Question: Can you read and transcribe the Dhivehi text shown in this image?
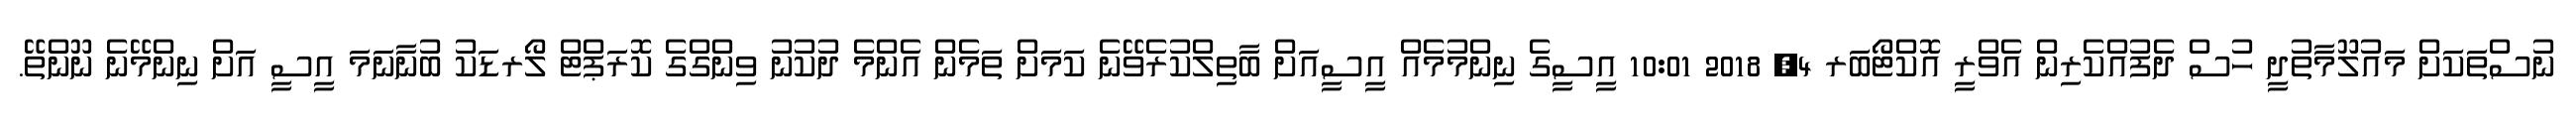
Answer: ނުސްތަކަށް މައުލޫމާތުދީ ހުސް ދެފުއްކެރިން އެވްރީ އޮކްޓޯބަރ 4, 2018 10:01 އީސީގެ ނިންމުމެއް އީސީއަށް ބާތިލްކުރެވޭނެ ކަމަށް ތަމެން އެންމެ ދުކުނު ވިންގްގެ ކޮރަޕްޓް ލޯރޑަކު ބުނާނަމަ އީސީ އަށް ނިންމޭނެ ނޫންތޭ.